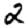
Digit: 2